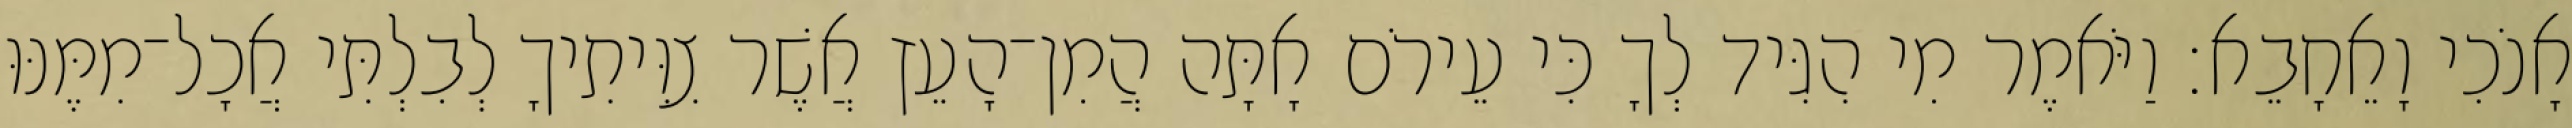
אָנֹכִי וָאֵחָבֵא׃ וַיֹּאמֶר מִי הִגִּיד לְךָ כִּי עֵירֹם אָתָּה הֲמִן־הָעֵץ אֲשֶׁר צִוִּיתִיךָ לְבִלְתִּי אֲכָל־מִמֶּנּוּ